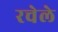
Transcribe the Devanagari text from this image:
रचेले